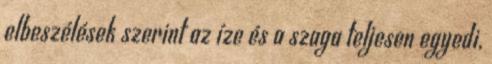
elbeszélések szerint az íze és a szaga teljesen egyedi,